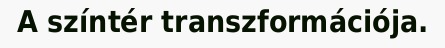
A színtér transzformációja.